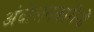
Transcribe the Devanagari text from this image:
अंदोलनकारीयों